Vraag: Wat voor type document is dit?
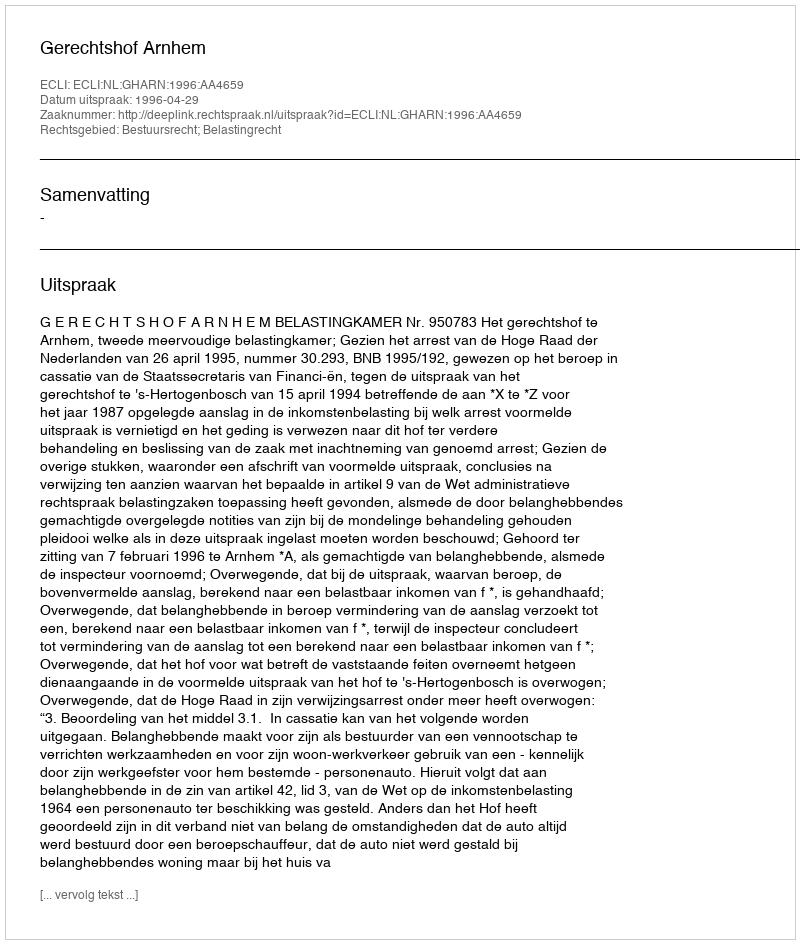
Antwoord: Uitspraak